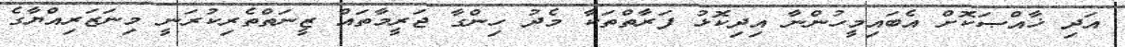
އަދި ޚާއްޞަކޮށް އެބައިމީހުންނާ އިދިކޮޅު ފަރާތްތަކާ މެދު ހިންގާ ޖަރީމާތައް ޒީނަތްތެރިކުރަނީ މިނަޒަރިއްޔާގެ